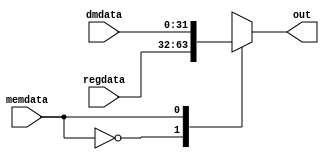
/*
* Function: this mux is placed between EX/MEM pipeline register and data
* memory, it can forward either data from 2nd register source from register
* file or the output data from data memory. It is to solve the data hazard
* when a lw instruction immediately following by a sw instruction, while
* they have the same source register field.
*
*  code | meaning
*  0    | forward register file data
*  1    | forward data memory data
*/

module memdatamux ( memdata, regdata, dmdata, out);
parameter DWIDTH = 32;

input wire memdata;
input wire [DWIDTH-1:0] regdata;
input wire [DWIDTH-1:0] dmdata;
output reg [DWIDTH-1:0] out;

always @(memdata, regdata, dmdata) begin
    case (memdata)
        1'b0: out = regdata;
        1'b1: out = dmdata;
    endcase
end

endmodule